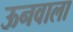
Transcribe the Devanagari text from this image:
ऊनवाला